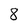
Character: 8